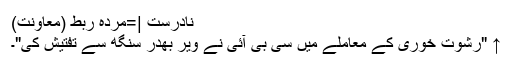
نادرست |=مردہ ربط (معاونت)
↑ "رشوت خوری کے معاملے میں سی بی آئی نے ویر بھدر سنگھ سے تفتیش کی"۔